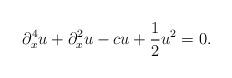
LaTeX: \begin{align*}\partial_x^4 u + \partial_x^2 u - cu + \frac12 u^2 = 0.\end{align*}